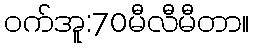
ဝက်အူ:70မီလီမီတာ။